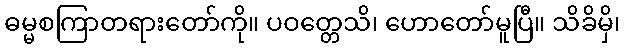
ဓမ္မစကြာတရားတော်ကို။ ပဝတ္တေသိ၊ ဟောတော်မူပြီ။ သိခိမှိ၊